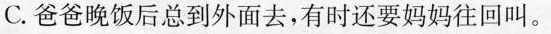
C. 爸爸晚饭后总到外面去，有时还要妈妈往回叫。